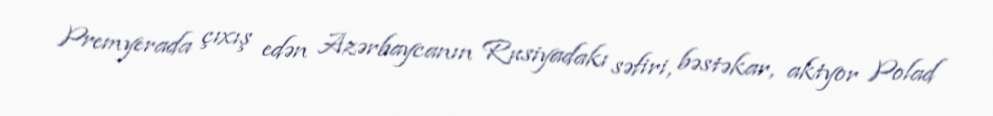
Premyerada çıxış edən Azərbaycanın Rusiyadakı səfiri, bəstəkar, aktyor Polad